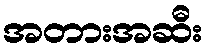
အတားအဆီး